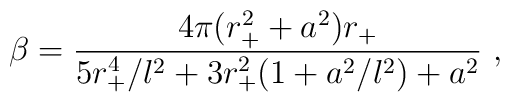
\beta={4 \pi (r_{+}^2+a^2)r_{+} \over5r_{+}^4/l^2+3r_{+}^2(1+a^2/l^2)+a^2}\ ,